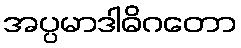
အပ္ပမာဒါဓိဂတော